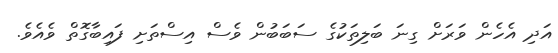
އަދި އެހެން ވަރަށް ގިނަ ބަލިތަކުގެ ސަބަބުން ވެސް އިސްތަށި ފައިބާގޮތް ވެއެވެ.